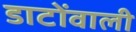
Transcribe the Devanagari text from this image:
डाटोंवाली